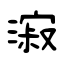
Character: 漃